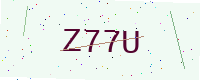
Text: Z77U